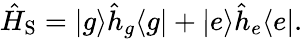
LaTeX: \hat{H}_{\mathrm{S}}=|g\rangle\hat{h}_{g}\langle g|+|e\rangle\hat{h}_{e}\langle e|.